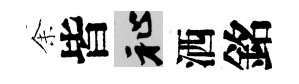
𪜬皆祉洒銘